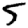
Digit: 5